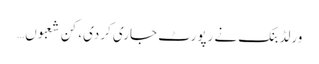
ورلڈ بنک نے رپورٹ جاری کردی، کن شعبوں…